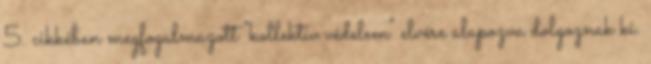
5. cikkében megfogalmazott "kollektív védelem" elvére alapozva dolgoznak ki.